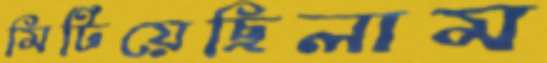
মিটিয়েছিলাম